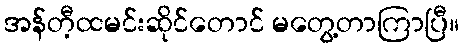
အန်တီ့ထမင်းဆိုင်တောင် မတွေ့တာကြာပြီ။